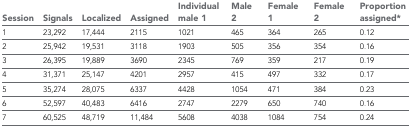
<table><thead><tr><td><b>Session</b></td><td><b>Signals</b></td><td><b>Localized</b></td><td><b>Assigned</b></td><td><b>Individual male 1</b></td><td><b>Male 2</b></td><td><b>Female 1</b></td><td><b>Female 2</b></td><td><b>Proportion assigned*</b></td></tr></thead><tbody><tr><td>1</td><td>23,292</td><td>17,444</td><td>2115</td><td>1021</td><td>465</td><td>364</td><td>265</td><td>0.12</td></tr><tr><td>2</td><td>25,942</td><td>19,531</td><td>3118</td><td>1903</td><td>505</td><td>356</td><td>354</td><td>0.16</td></tr><tr><td>3</td><td>26,395</td><td>19,889</td><td>3690</td><td>2345</td><td>769</td><td>359</td><td>217</td><td>0.19</td></tr><tr><td>4</td><td>31,371</td><td>25,147</td><td>4201</td><td>2957</td><td>415</td><td>497</td><td>332</td><td>0.17</td></tr><tr><td>5</td><td>35,274</td><td>28,075</td><td>6337</td><td>4428</td><td>1054</td><td>471</td><td>384</td><td>0.23</td></tr><tr><td>6</td><td>52,597</td><td>40,483</td><td>6416</td><td>2747</td><td>2279</td><td>650</td><td>740</td><td>0.16</td></tr><tr><td>7</td><td>60,525</td><td>48,719</td><td>11,484</td><td>5608</td><td>4038</td><td>1084</td><td>754</td><td>0.24</td></tr></tbody></table>